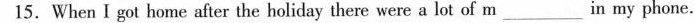
15.When I got home after the holiday there were a lot of m___in my phone.